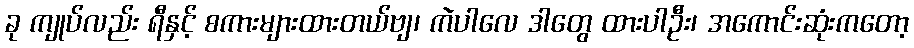
ခု ကျုပ်လည်း ရီနှင့် စကားများထားတယ်ဗျ၊ ကဲပါလေ ဒါတွေ ထားပါဦး၊ အကောင်းဆုံးကတော့